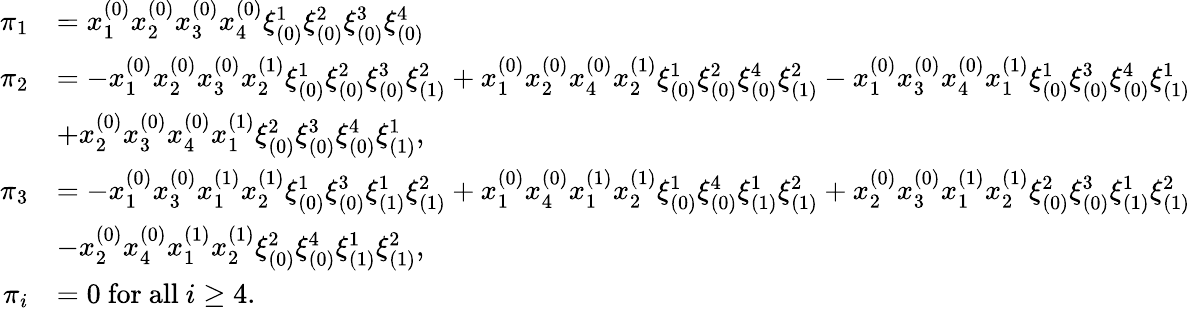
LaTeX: \begin{array}{rl}{\pi_{1}}&{=x_{1}^{(0)}x_{2}^{(0)}x_{3}^{(0)}x_{4}^{(0)}\xi_{(0)}^{1}\xi_{(0)}^{2}\xi_{(0)}^{3}\xi_{(0)}^{4}}\\ {\pi_{2}}&{=-x_{1}^{(0)}x_{2}^{(0)}x_{3}^{(0)}x_{2}^{(1)}\xi_{(0)}^{1}\xi_{(0)}^{2}\xi_{(0)}^{3}\xi_{(1)}^{2}+x_{1}^{(0)}x_{2}^{(0)}x_{4}^{(0)}x_{2}^{(1)}\xi_{(0)}^{1}\xi_{(0)}^{2}\xi_{(0)}^{4}\xi_{(1)}^{2}-x_{1}^{(0)}x_{3}^{(0)}x_{4}^{(0)}x_{1}^{(1)}\xi_{(0)}^{1}\xi_{(0)}^{3}\xi_{(0)}^{4}\xi_{(1)}^{1}}\\ &{+x_{2}^{(0)}x_{3}^{(0)}x_{4}^{(0)}x_{1}^{(1)}\xi_{(0)}^{2}\xi_{(0)}^{3}\xi_{(0)}^{4}\xi_{(1)}^{1},}\\ {\pi_{3}}&{=-x_{1}^{(0)}x_{3}^{(0)}x_{1}^{(1)}x_{2}^{(1)}\xi_{(0)}^{1}\xi_{(0)}^{3}\xi_{(1)}^{1}\xi_{(1)}^{2}+x_{1}^{(0)}x_{4}^{(0)}x_{1}^{(1)}x_{2}^{(1)}\xi_{(0)}^{1}\xi_{(0)}^{4}\xi_{(1)}^{1}\xi_{(1)}^{2}+x_{2}^{(0)}x_{3}^{(0)}x_{1}^{(1)}x_{2}^{(1)}\xi_{(0)}^{2}\xi_{(0)}^{3}\xi_{(1)}^{1}\xi_{(1)}^{2}}\\ &{-x_{2}^{(0)}x_{4}^{(0)}x_{1}^{(1)}x_{2}^{(1)}\xi_{(0)}^{2}\xi_{(0)}^{4}\xi_{(1)}^{1}\xi_{(1)}^{2},}\\ {\pi_{i}}&{=0\mathrm{~for~all~}i\geq 4.}\end{array}